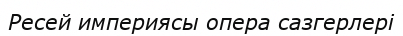
Ресей империясы опера сазгерлері